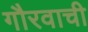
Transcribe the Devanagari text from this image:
गौरवाची